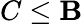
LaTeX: C\le\mathbf{B}